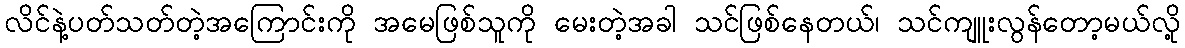
လိင်နဲ့ပတ်သတ်တဲ့အကြောင်းကို အမေဖြစ်သူကို မေးတဲ့အခါ သင်ဖြစ်နေတယ်၊ သင်ကျူးလွန်တော့မယ်လို့